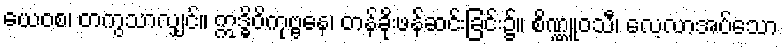
ယေဝစ၊ တကွသာလျှင်။ ဣဒ္ဓိဝိကုဗ္ဗနေ၊ တန်ခိုးဖန်ဆင်းခြင်း၌။ စိဏ္ဏူဝသီ၊ လေ့လာအပ်သော